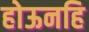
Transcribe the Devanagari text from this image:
होऊनहि